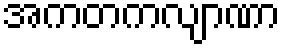
အကတကလျာဏာ